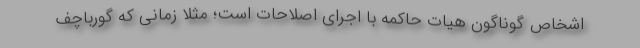
اشخاص گوناگون هیات حاکمه با اجرای اصلاحات است؛ مثلا زمانی که گورباچف